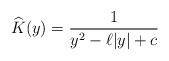
LaTeX: \begin{align*}\widehat{K}(y)=\frac{1}{y^2- \ell |y| +c}\end{align*}